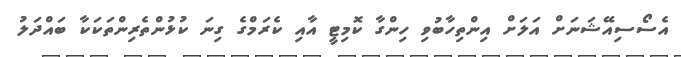
އެސޯސިއޭޝަނަށް އަލަށް އިންތިހާބުވި ހިންގާ ކޮމިޓީ އާއި ކެރަމްގެ ގިނަ ކުޅުންތެރިންތަކަކާ ބައްދަލު